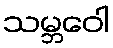
သမ္ဘဝေါ